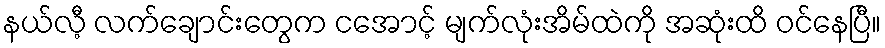
နယ်လီ့ လက်ချောင်းတွေက ငအောင့် မျက်လုံးအိမ်ထဲကို အဆုံးထိ ဝင်နေပြီ။